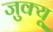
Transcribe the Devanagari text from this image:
जुक्यू